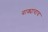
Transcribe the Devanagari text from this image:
वाक्यांचाच